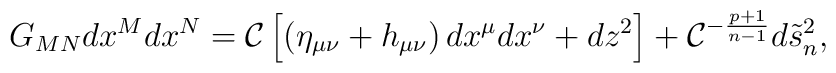
G_{MN}dx^Mdx^N={\cal C}\left[\left(\eta_{\mu\nu}+h_{\mu\nu}\right)dx^{\mu}dx^{\nu}+dz^2\right]+{\cal C}^{-{{p+1}\over{n-1}}}d\tilde{s}^2_n,